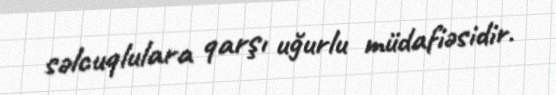
səlcuqlulara qarşı uğurlu müdafiəsidir.